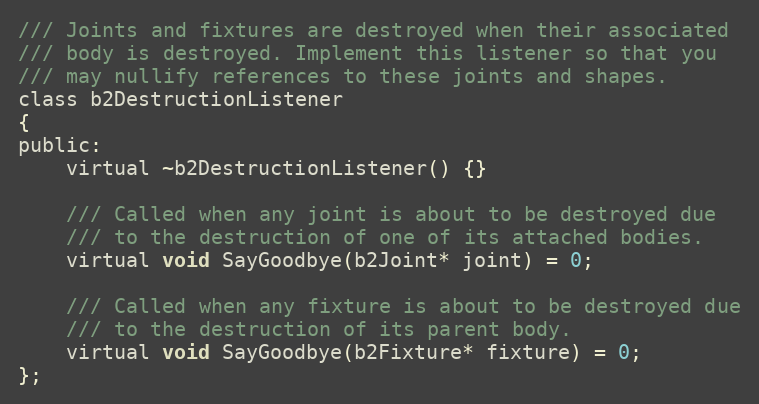
Language: C
/// Joints and fixtures are destroyed when their associated
/// body is destroyed. Implement this listener so that you
/// may nullify references to these joints and shapes.
class b2DestructionListener
{
public:
	virtual ~b2DestructionListener() {}

	/// Called when any joint is about to be destroyed due
	/// to the destruction of one of its attached bodies.
	virtual void SayGoodbye(b2Joint* joint) = 0;

	/// Called when any fixture is about to be destroyed due
	/// to the destruction of its parent body.
	virtual void SayGoodbye(b2Fixture* fixture) = 0;
};